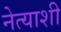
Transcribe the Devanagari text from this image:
नेत्याशी